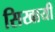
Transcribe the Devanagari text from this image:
सिखायीं